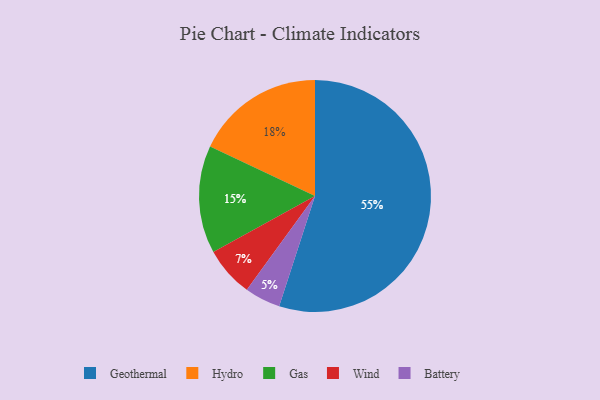
{"axis": {"x": "Category", "y": "Percentage"}, "legend": ["Battery", "Gas", "Geothermal", "Hydro", "Wind"], "data": [{"x": "Wind", "y": 7, "type": "Wind"}, {"x": "Gas", "y": 15, "type": "Gas"}, {"x": "Geothermal", "y": 55, "type": "Geothermal"}, {"x": "Battery", "y": 5, "type": "Battery"}, {"x": "Hydro", "y": 18, "type": "Hydro"}]}